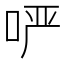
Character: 𫪂